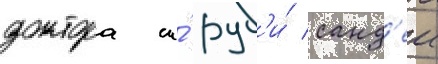
доктора и́ руб'и́ санд'еи